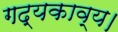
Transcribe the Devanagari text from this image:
गद्यकाव्य।